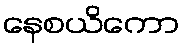
နေစယိကော